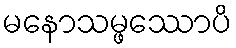
မနောသမ္ဖဿောပိ